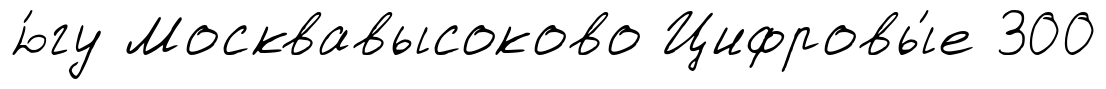
ю́гу Москвавысоково Цифровы́е 300